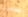
مغادرتنا